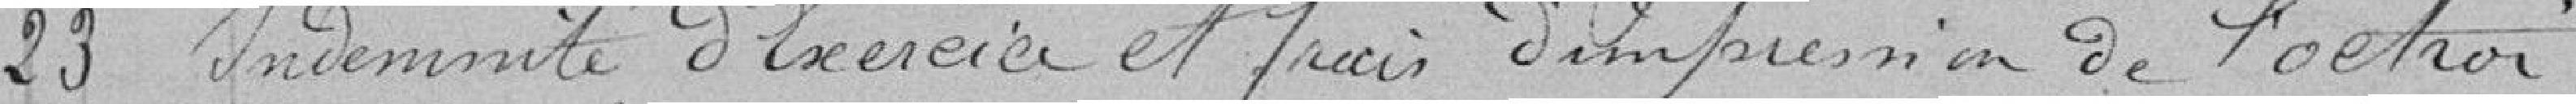
23 Indemnité d'Exercice et frais d'impression de l'octroi